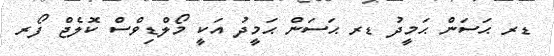
ޑރ ޙަސަން ޙަމީދު ޑރ ޙަސަން ޙަމީދު އަކީ މޯލްޑިވްސް ކޮލެޖް ފޯރ